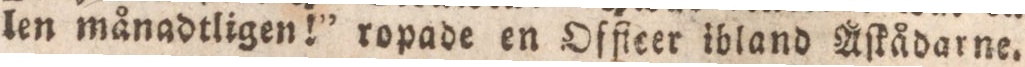
len månadtligen!” ropade en Oſficer ibland Åſkådarne.